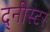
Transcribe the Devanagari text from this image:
द्नीस्टर